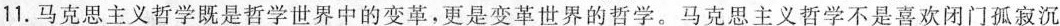
11.马克思主义哲学既是哲学世界中的变革，更是变革世界的哲学。马克思主义哲学不是喜欢闭门孤寂沉